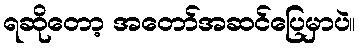
ရဆိုတော့ အတော်အဆင်ပြေမှာပဲ။